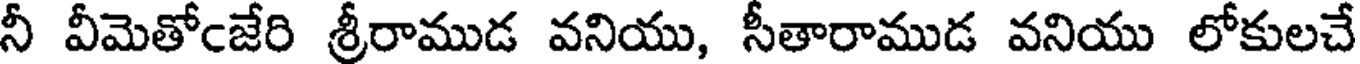
నీ వీమెతోఁజేరి శ్రీరాముడ వనియు, సీతారాముడ వనియు లోకులచే